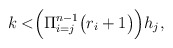
\begin{align*}k <& \Big( \Pi_{i=j}^{n-1} \big( r_i + 1\big) \Big) h_j ,\end{align*}